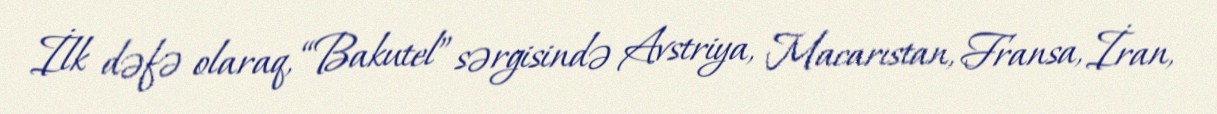
İlk dəfə olaraq, “Bakutel” sərgisində Avstriya, Macarıstan, Fransa, İran,